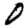
Digit: 0